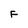
Character: f